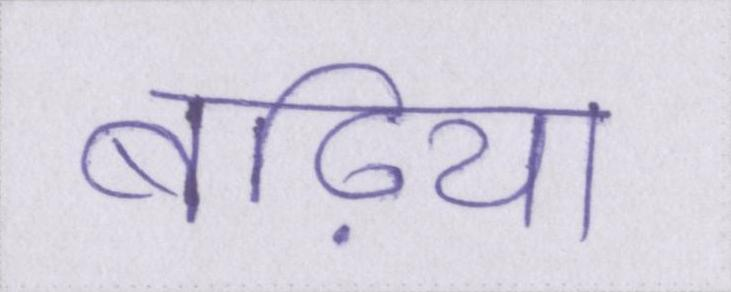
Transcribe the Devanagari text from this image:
बढ़िया